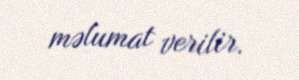
məlumat verilir.